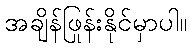
အချိန်ဖြုန်းနိုင်မှာပါ။